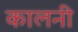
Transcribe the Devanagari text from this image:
कालनी